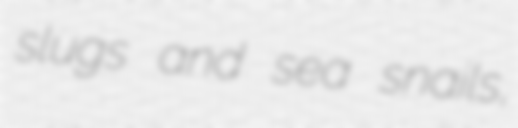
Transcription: slugs and sea snails,